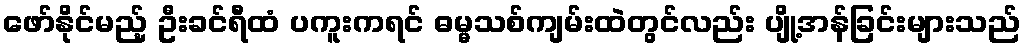
ဖော်နိုင်မည့် ဦးခင်ရီထံ ပကူးကရင် ဓမ္မသစ်ကျမ်းထဲတွင်လည်း ပျို့အန်ခြင်းများသည်